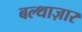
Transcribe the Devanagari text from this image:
बल्थाज़ार